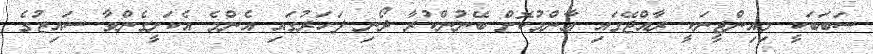
ސަބަބަކީ މިއިންޖީނަކީ ރާއްޖޭގައި ޢާންމުކޮށް ބޭނުންކުރާ ދޯނި ފަހަރުގައި އެންމެ އެކަށީގެންވާ ސައިޒުގެ